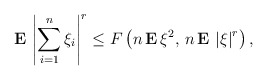
\begin{align*}{\bf E\,}\left| \sum_{i=1}^{n}\xi _{i}\right| ^{r}\leq F\left( n\,{\bf E\,}\xi ^{2},{\bf \,}n\,{\bf E\,}\left| \xi \right| ^{r}\right) , \end{align*}